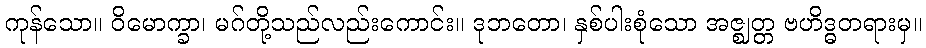
ကုန်သော။ ဝိမောက္ခာ၊ မဂ်တို့သည်လည်းကောင်း။ ဒုဘတော၊ နှစ်ပါးစုံသော အဇ္ဈတ္တ ဗဟိဒ္ဓတရားမှ။